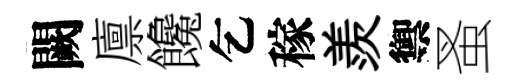
闕廪饞乞稼羨禦蚤